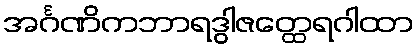
အင်္ဂဏိကဘာရဒွါဇတ္ထေရဂါထာ